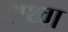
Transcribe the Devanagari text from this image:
अथ्‍वा